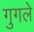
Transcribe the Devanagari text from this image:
गुगले